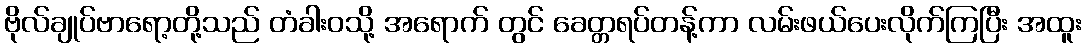
ဗိုလ်ချုပ်ဗာရော့တို့သည် တံခါးဝသို့ အရောက် တွင် ခေတ္တရပ်တန့်ကာ လမ်းဖယ်ပေးလိုက်ကြပြီး အထူး